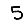
Digit: 5